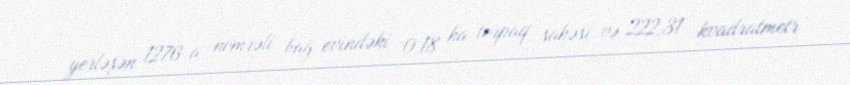
yerləşən 1276 a nömrəli bağ evindəki 0,18 ha torpaq sahəsi və 222,31 kvadratmetr